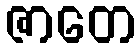
ဇာတေ